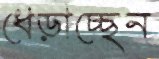
ধেড়াচ্ছেন